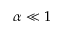
\alpha \ll 1